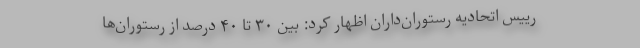
رییس اتحادیه رستوران‌داران اظهار کرد: بین ۳۰ تا ۴۰ درصد از رستوران‌ها